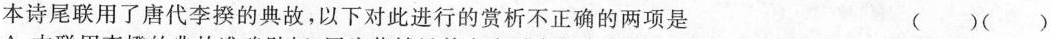
本诗尾联用了唐代李揆的典故，以下对此进行的赏析不正确的两项是 ( )( )